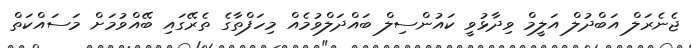
ޖެނެރަލް އަބްދުލް އަލީމް ވިދާޅުވީ ކައުންސިލް ބައްދަލްވުމެއް މިހަފްތާގެ ތެރޭގައި ބޭއްވުމަށް މަސައްކަތް